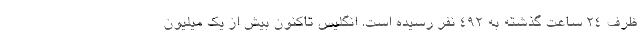
ظرف ۲۴ ساعت گذشته به ۴۹۲ نفر رسیده است. انگلیس تاکنون بیش از یک میلیون